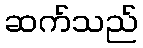
ဆက်သည်